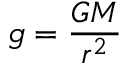
g = { \frac { G M } { r ^ { 2 } } }